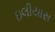
ઇલીયાસ